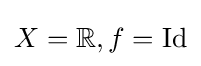
X=\mathbb {R} ,f=\operatorname {Id}